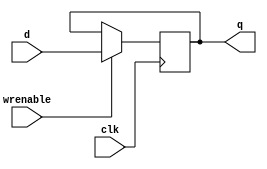
// Single-bit D Flip-Flop with enable
//   Positive edge triggered
module register32
(
output reg	[31:0] q,
 input		[31:0] d,
input		wrenable,
input		clk
);
    always @(posedge clk) begin
        if(wrenable) begin
           q <= d;
        end
    end

endmodule